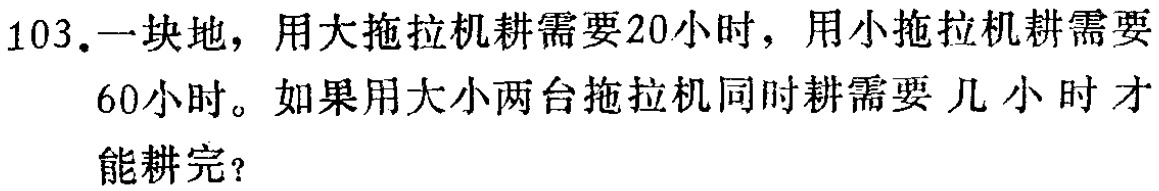
103.一块地，用大拖拉机耕需要20小时，用小拖拉机耕需要60小时。如果用大小两台拖拉机同时耕需要几小时才能耕完？